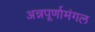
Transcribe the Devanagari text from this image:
अन्नपूर्णामंगल